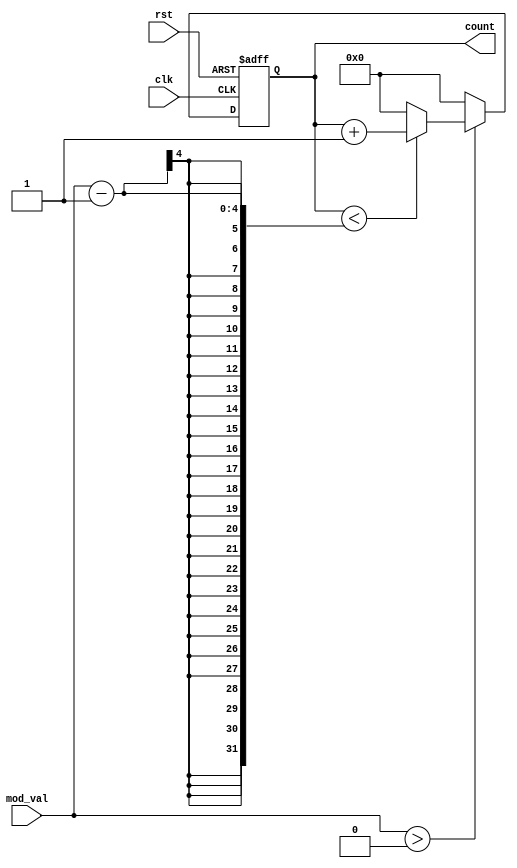
module modulus_counter (
    input wire clk,            // Clock signal
    input wire rst,            // Asynchronous active-high reset
    input wire [3:0] mod_val,  // Programmable modulus value (up to 15)
    output reg [3:0] count     // Current count value
);

// Always block triggered on the rising edge of the clock or reset
always @(posedge clk or posedge rst) begin
    if (rst) begin
        // Reset the count to 0 on reset signal
        count <= 4'b0000;
    end else begin
        // Check modulus value to avoid counting beyond mod_val - 1
        if (mod_val > 0) begin
            // Increment count
            if (count < (mod_val - 1)) begin
                count <= count + 1;
            end else begin
                // Wrap around to 0 if count reaches mod_val
                count <= 4'b0000;
            end
        end else begin
            // If mod_val is 0 or 1, keep count at 0
            count <= 4'b0000;
        end
    end
end

endmodule